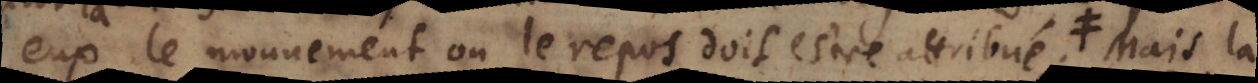
eux le mouvement ou le repos doit estre attribué, co